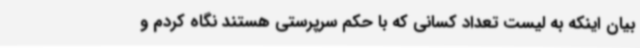
بیان اینکه به لیست تعداد کسانی که با حکم سرپرستی هستند نگاه کردم و